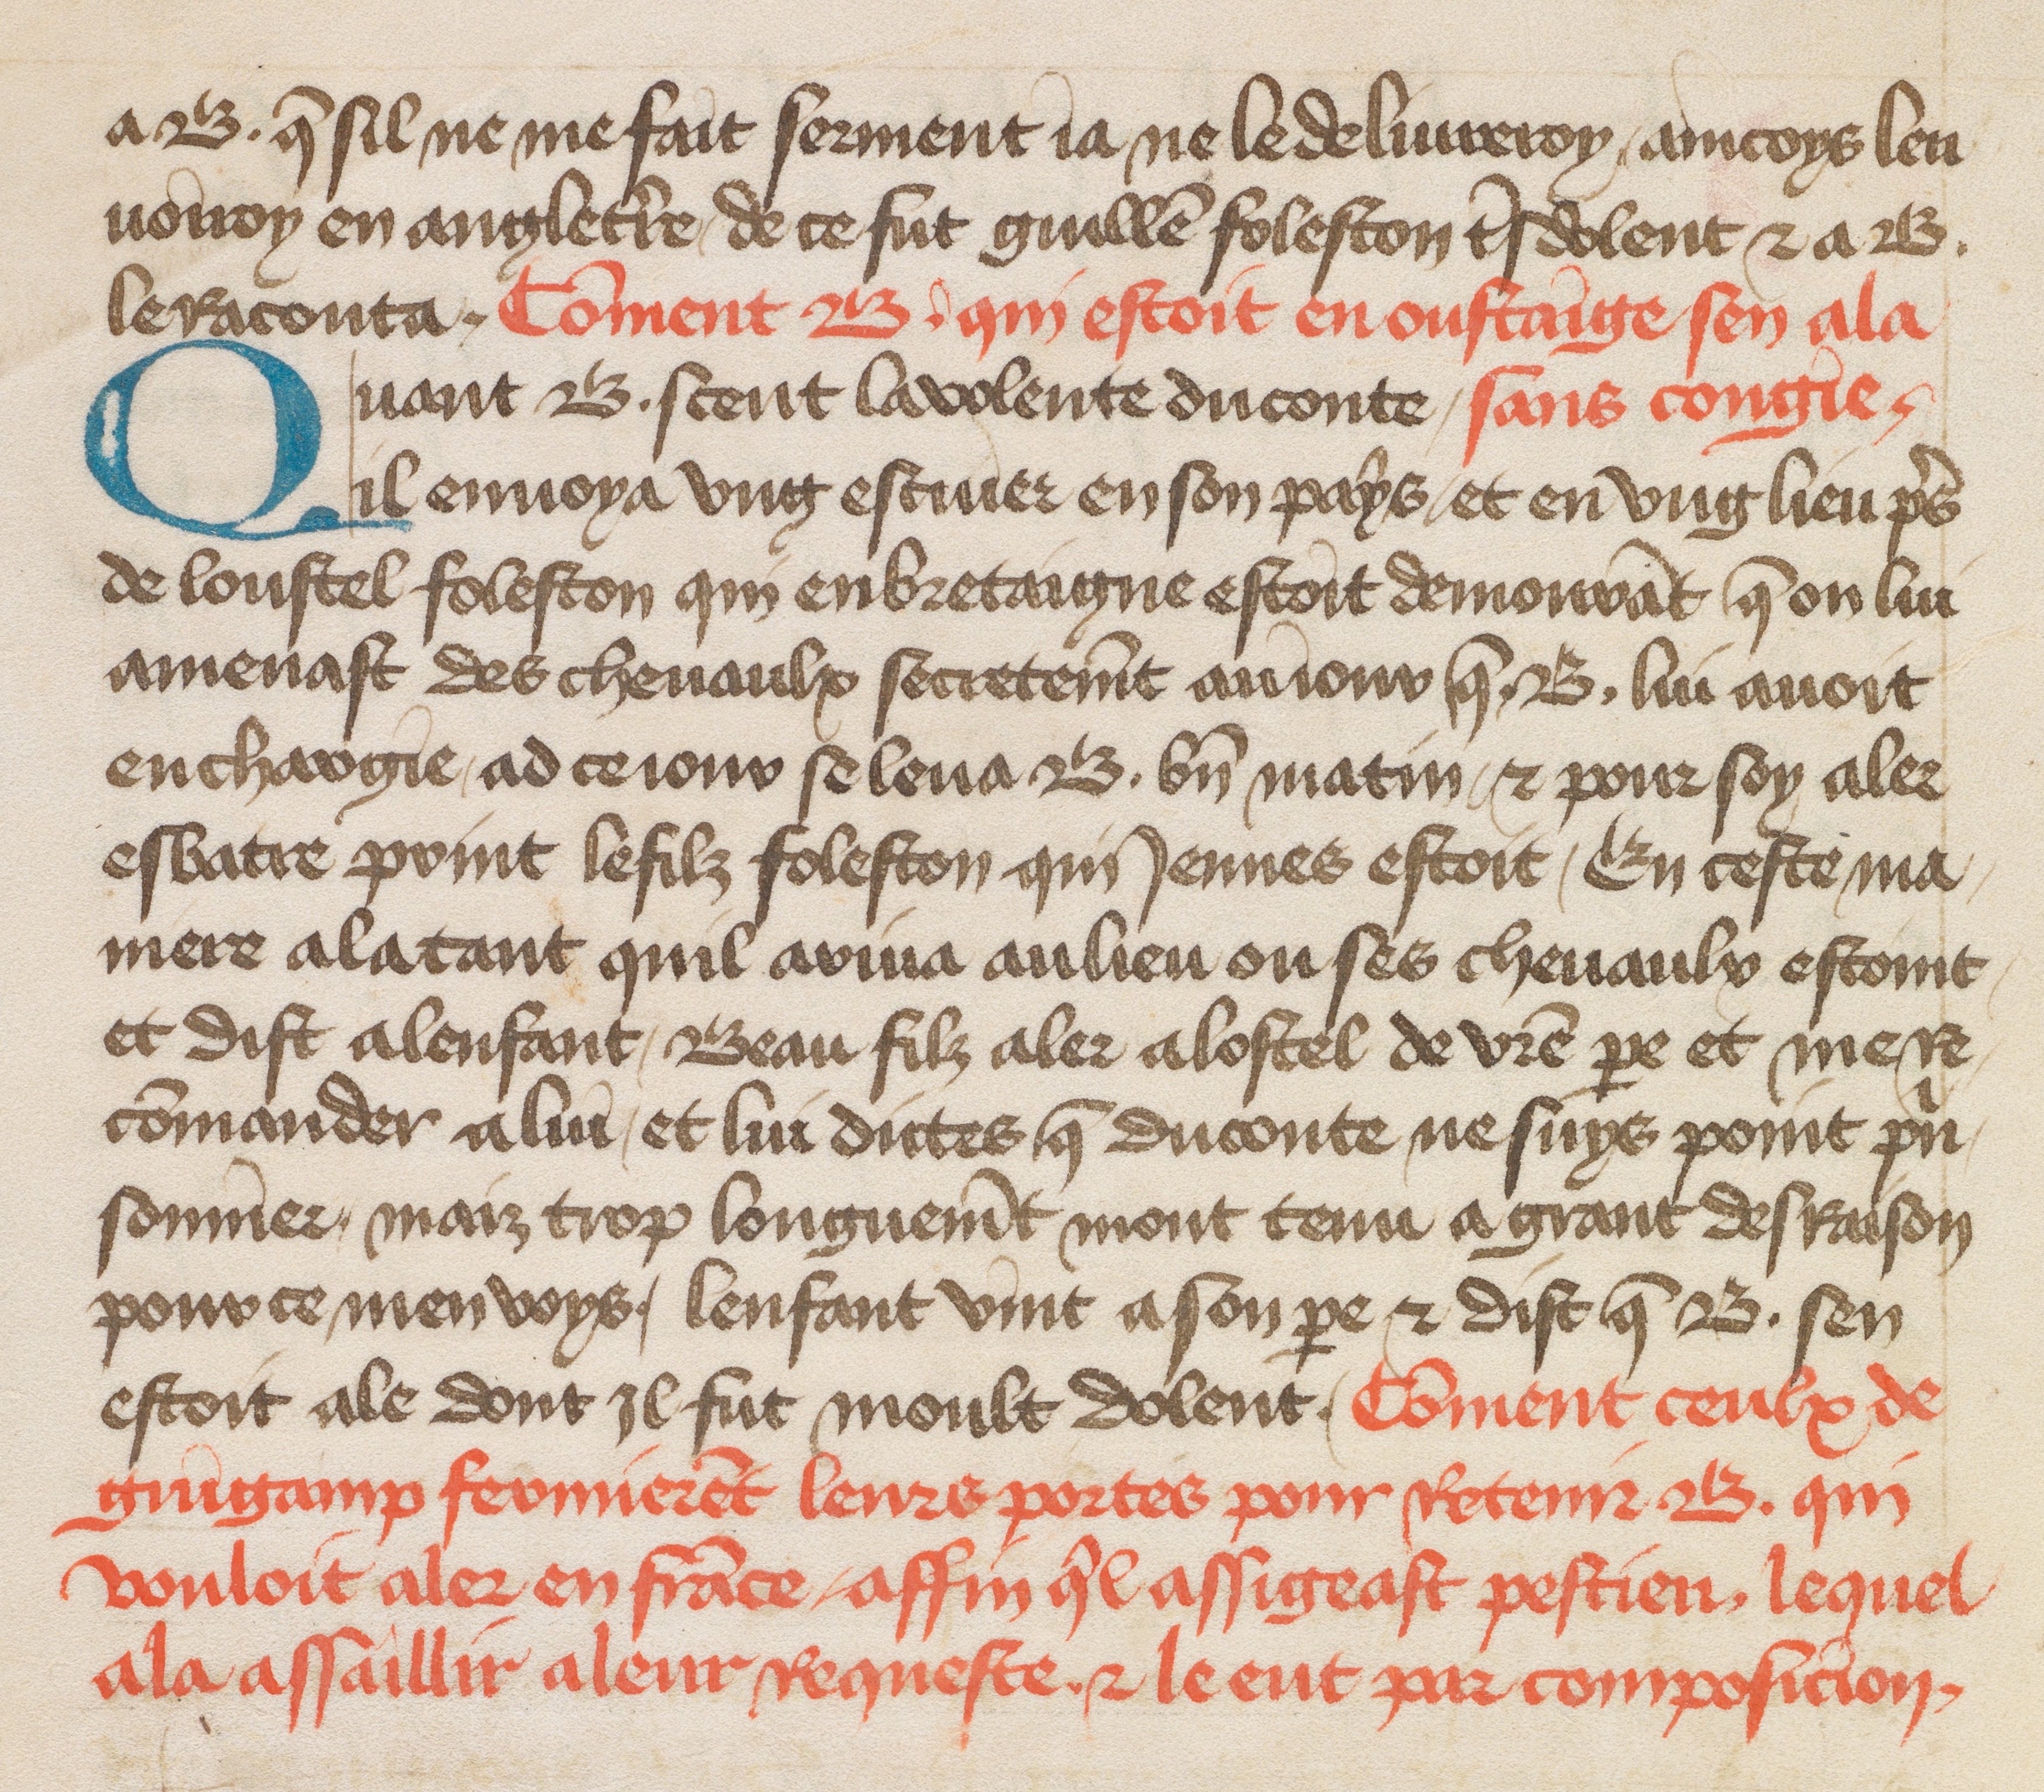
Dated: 1400–1499